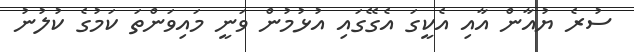
ސުރެ ޔުއާން އާއި އެކީގަ އެގޭގައި އުޅުމުން ވަނީ މައިވަންތަ ކަމުގެ ކުލުނު